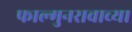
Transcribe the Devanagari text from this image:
फाल्गुनरावाच्या